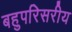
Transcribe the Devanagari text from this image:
बहुपरिसरीय